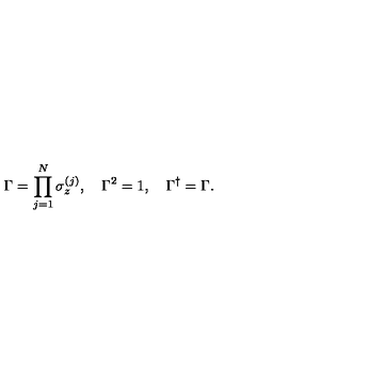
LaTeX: \Gamma = \prod _ { j = 1 } ^ { N } \sigma _ { z } ^ { ( j ) } , \quad \Gamma ^ { 2 } = 1 , \quad \Gamma ^ { \dagger } = \Gamma .